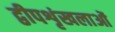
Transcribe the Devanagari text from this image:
द्वीपशृंखलाओं